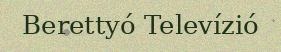
Berettyó Televízió